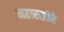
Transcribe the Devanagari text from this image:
महारखोरे